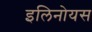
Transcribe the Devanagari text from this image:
इलिनोयस